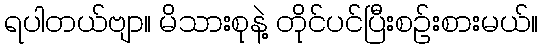
ရပါတယ်ဗျာ။ မိသားစုနဲ့ တိုင်ပင်ပြီးစဉ်းစားမယ်။